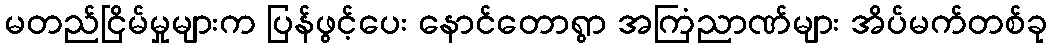
မတည်ငြိမ်မှုများက ပြန်ဖွင့်ပေး နောင်တောရွာ အကြံညာဏ်များ အိပ်မက်တစ်ခု